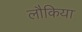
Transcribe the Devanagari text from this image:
लौकिया